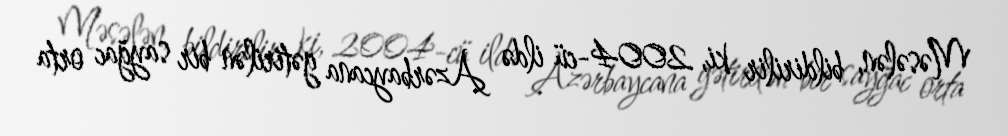
Məsələn, bildirilir ki, 2004-cü ildə Azərbaycana gətirilən bir sayğac orta